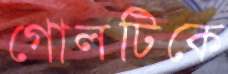
গোলটিকে